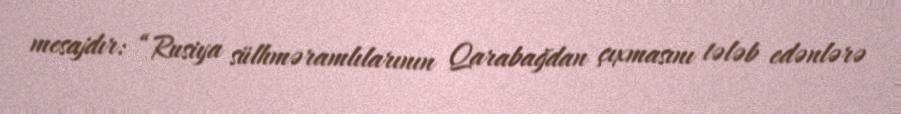
mesajdır: “Rusiya sülhməramlılarının Qarabağdan çıxmasını tələb edənlərə